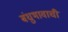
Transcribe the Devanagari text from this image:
बंधुभावाची